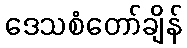
ဒေသစံတော်ချိန်